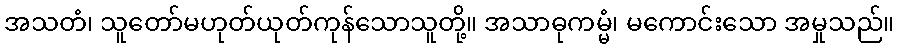
အသတံ၊ သူတော်မဟုတ်ယုတ်ကုန်သောသူတို့။ အသာဓုကမ္မံ၊ မကောင်းသော အမှုသည်။